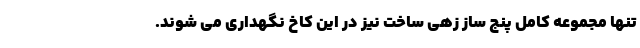
تنها مجموعه کامل پنج ساز زهی ساخت نیز در این کاخ نگهداری می شوند.